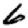
Digit: 6